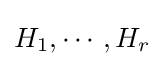
H_{1},\cdots ,H_{r}